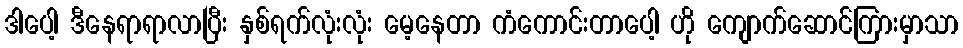
ဒါပေါ့ ဒီနေရာရာလာပြီး နှစ်ရက်လုံးလုံး မေ့နေတာ ကံကောင်းတာပေါ့ ဟို ကျောက်ဆောင်ကြားမှာသာ